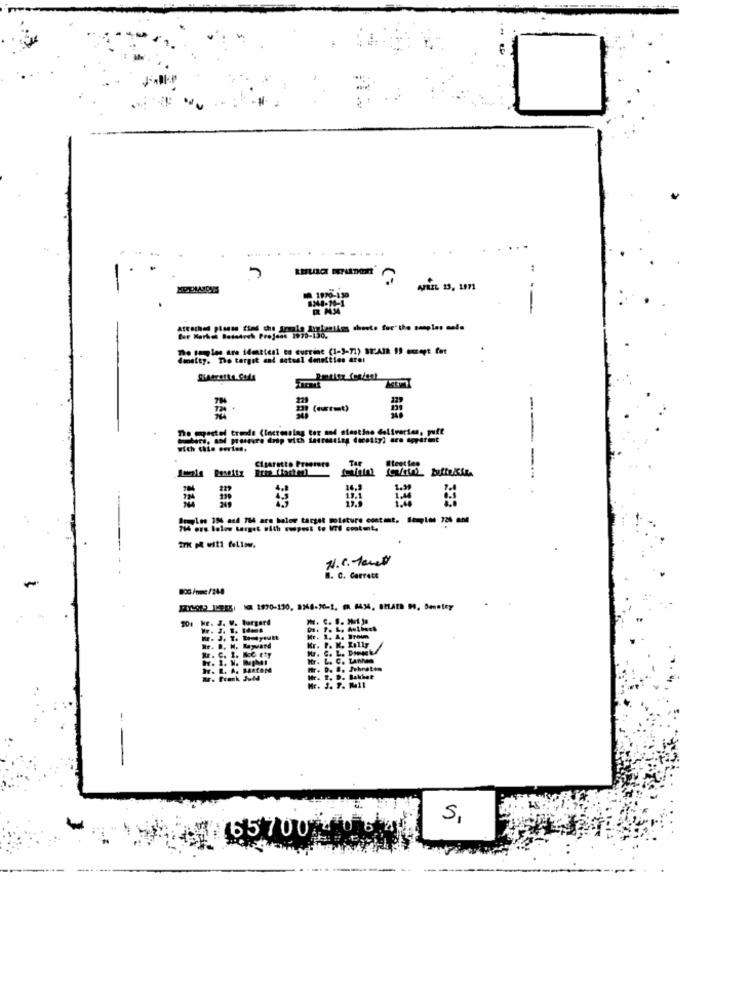
5
APRIL 13, 1971
Bar Markol Bodedreh Projens 1979
dmmatsy. The target and satsal densities arer
with chte peries.
Cigaretto Preemers
Tar
Iteet tee
1.39
Soryles 351 and 164 are halon target moisture content. Staples 726 and
N.C. temel
-
B. C. Carrett
800 /mmc /248
201 HE. J. W. Burgerd
Nr. D. M. Mapuand
Nr. C. I. K.C. Ety
Kr. P. K. Kelly
W. C. L. Domek/
Itr. L. C. LAthen
Mr. D. .. Jehnetem
Dr. Frank JeMd
Itr. T. D. Bakhat
Mr. J. P. 1411
S,
#165700 - 0 54